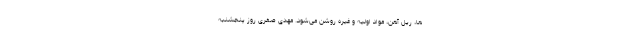
ها، ریل آهن، مواد اولیه و غیره روشن می‌شود. مهدی صفری روز پنجشنبه